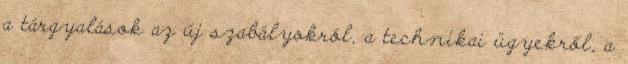
a tárgyalások az új szabályokról, a technikai ügyekről, a